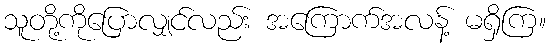
သူတို့ကိုပြောလျှင်လည်း အကြောက်အလန့် မရှိကြ။